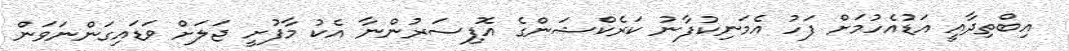
އިބްތިދާއީ އަޑުއެހުމަށް ފަހު އެމަނިކުފާނު ކަރެކްޝަންގެ އޮފިސަރުންނާ އެކު މާފުށީ ޖަލަށް ވަޑައިގަންނަވަން